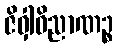
ဇိဝှါဝိညာဏဉ္စ